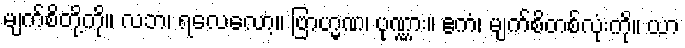
မျက်စိတို့ကို။ လဘ၊ ရလေလော့။ ဗြာဟ္မဏ၊ ပုဏ္ဏား။ ဧကံ၊ မျက်စိတစ်လုံးကို။ ယာ